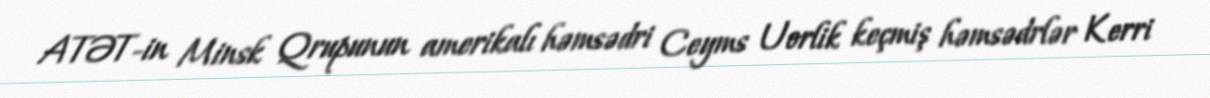
ATƏT-in Minsk Qrupunun amerikalı həmsədri Ceyms Uorlik keçmiş həmsədrlər Kerri